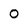
Character: O